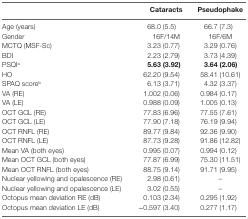
<table><thead><tr><td></td><td><b>Cataracts</b></td><td><b>Pseudophake</b></td></tr></thead><tbody><tr><td>Age (years)</td><td>68.0 (5.5)</td><td>66.7 (7.3)</td></tr><tr><td>Gender</td><td>16F/14M</td><td>16F/6M</td></tr><tr><td>MCTQ (MSF-Sc)</td><td>3.23 (0.77)</td><td>3.29 (0.76)</td></tr><tr><td>BDI</td><td>2.23 (2.79)</td><td>3.73 (4.39)</td></tr><tr><td>PSQI<sup>a</sup></td><td><b>5.63 (3.92)</b></td><td><b>3.64 (2.06)</b></td></tr><tr><td>HO</td><td>62.20 (9.54)</td><td>58.41 (10.61)</td></tr><tr><td>SPAQ score<sup>b</sup></td><td>6.13 (3.71)</td><td>4.32 (3.37)</td></tr><tr><td>VA (RE)</td><td>1.002 (0.06)</td><td>0.984 (0.17)</td></tr><tr><td>VA (LE)</td><td>0.988 (0.09)</td><td>1.005 (0.13)</td></tr><tr><td>OCT GCL (RE)</td><td>77.83 (6.96)</td><td>77.55 (7.61)</td></tr><tr><td>OCT GCL (LE)</td><td>77.90 (7.18)</td><td>76.19 (9.94)</td></tr><tr><td>OCT RNFL (RE)</td><td>89.77 (9.84)</td><td>92.36 (9.90)</td></tr><tr><td>OCT RNFL (LE)</td><td>87.73 (9.28)</td><td>91.86 (12.82)</td></tr><tr><td>Mean VA (both eyes)</td><td>0.995 (0.07)</td><td>0.994 (0.12)</td></tr><tr><td>Mean OCT GCL (both eyes)</td><td>77.87 (6.99)</td><td>75.30 (11.51)</td></tr><tr><td>Mean OCT RNFL (both eyes)</td><td>88.75 (9.14)</td><td>91.71 (9.95)</td></tr><tr><td>Nuclear yellowing and opalescence (RE)</td><td>2.98 (0.61)</td><td>–</td></tr><tr><td>Nuclear yellowing and opalescence (LE)</td><td>3.02 (0.55)</td><td>–</td></tr><tr><td>Octopus mean deviation RE (dB)</td><td>0.103 (2.34)</td><td>0.295 (1.92)</td></tr><tr><td>Octopus mean deviation LE (dB)</td><td>−0.597 (3.40)</td><td>0.277 (1.17)</td></tr></tbody></table>